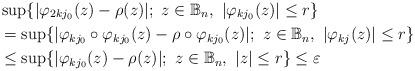
LaTeX: \begin{align*}&\sup\{|\varphi_{2kj_0}(z)-\rho(z)|; \ z\in \mathbb{B}_n, \ |\varphi_{kj_0}(z)|\leq r\}\\&=\sup\{|\varphi_{kj_0}\circ \varphi_{kj_0}(z)-\rho\circ \varphi_{kj_0}(z)|; \ z\in \mathbb{B}_n, \ |\varphi_{kj}(z)|\leq r\}\\&\leq\sup\{|\varphi_{kj_0}(z)-\rho(z)|; \ z\in \mathbb{B}_n, \ |z|\leq r\}\leq\varepsilon\end{align*}